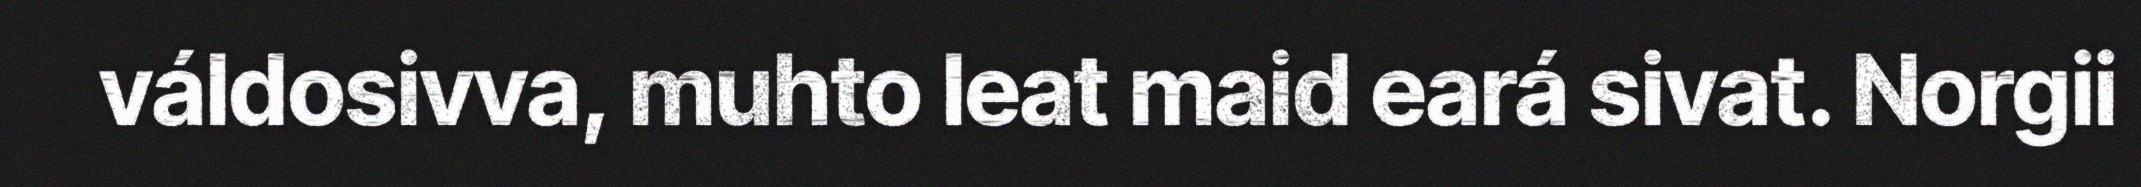
váldosivva, muhto leat maid eará sivat. Norgii